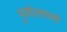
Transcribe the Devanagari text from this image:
पुर्वउत्तरमे